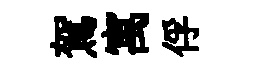
駕寓俘